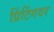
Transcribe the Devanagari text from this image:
प्रिंटिंगवर